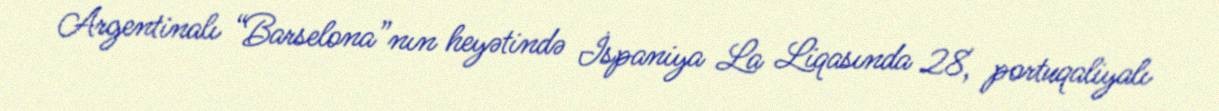
Argentinalı “Barselona”nın heyətində İspaniya La Liqasında 28, portuqaliyalı